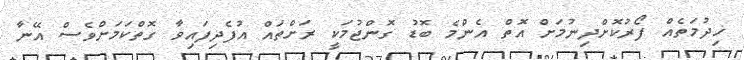
ޚިދުމަތެއް ފޯރުކޮށްދިނުމަށް އޮތް އެންމެ ބޮޑު ގޮންޖުމަކީ ރަށްތައް އުފެދިފައިވާ ގޮތްކަމަށްވެސް އޭނާ